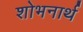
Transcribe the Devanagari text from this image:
शोभनार्थ